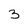
Character: 3